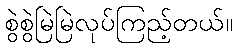
စွဲစွဲမြဲမြဲလုပ်ကြည့်တယ်။